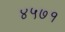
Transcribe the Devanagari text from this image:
४५७१